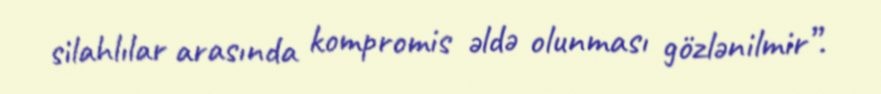
silahlılar arasında kompromis əldə olunması gözlənilmir”.